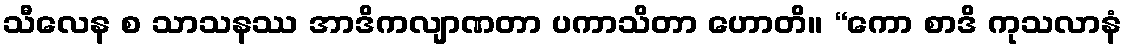
သီလေန စ သာသနဿ အာဒိကလျာဏတာ ပကာသိတာ ဟောတိ။ “ကော စာဒိ ကုသလာနံ